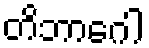
တိဘာဂေါ